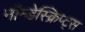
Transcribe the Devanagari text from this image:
नॉन्डेस्क्रिप्ट्स